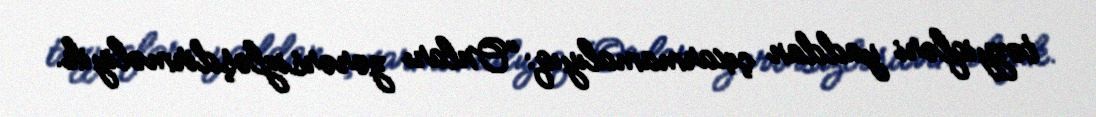
təzyiqləri yaddan çıxarmamalıyıq: “Onları zərərsizləşdirməliyik.